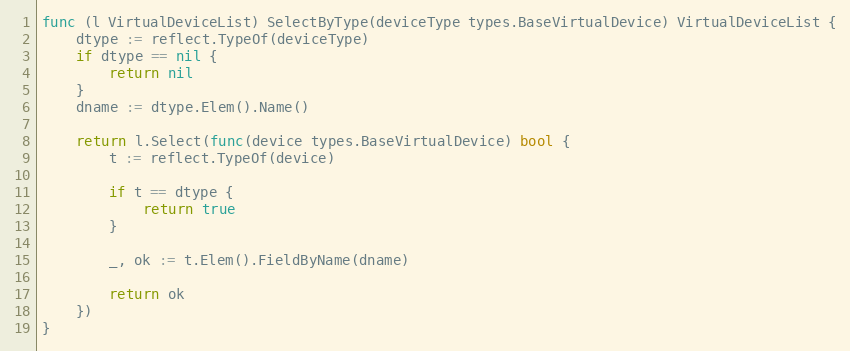
Language: Go
func (l VirtualDeviceList) SelectByType(deviceType types.BaseVirtualDevice) VirtualDeviceList {
	dtype := reflect.TypeOf(deviceType)
	if dtype == nil {
		return nil
	}
	dname := dtype.Elem().Name()

	return l.Select(func(device types.BaseVirtualDevice) bool {
		t := reflect.TypeOf(device)

		if t == dtype {
			return true
		}

		_, ok := t.Elem().FieldByName(dname)

		return ok
	})
}